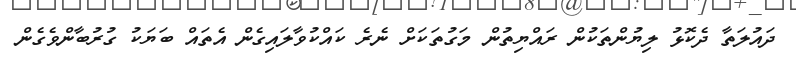
ދައުލަތާ ދެކޮޅު ލިޔުންތަކުން ރައްޔިތުން މަގުތަކަށް ނެރެ ކައްކުވާލައިގެން އެތައް ބަޔަކު ގުރުބާންވެގެން